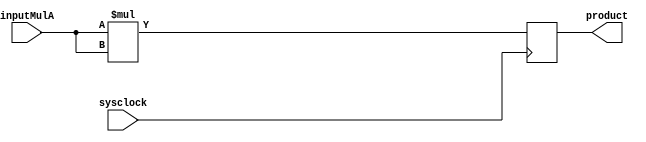
module MulA(
    input wire sysclock,
    input wire [31:0] inputMulA,
    output reg [63:0] product
);
initial begin
    product <= 64'd0;
end
always @ (posedge sysclock) begin
    product <= (inputMulA * inputMulA);
end
endmodule